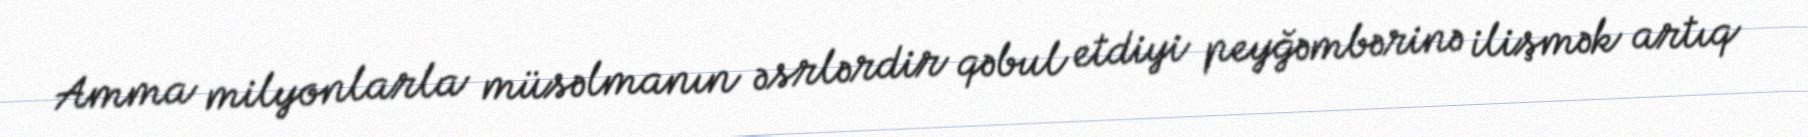
Amma milyonlarla müsəlmanın əsrlərdir qəbul etdiyi peyğəmbərinə ilişmək artıq